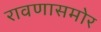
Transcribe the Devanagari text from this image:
रावणासमोर